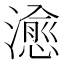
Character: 𤀒